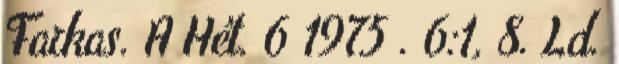
Farkas. A Hét. 6 1975 . 6:1, 8. Ld.